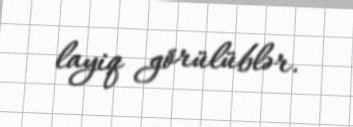
layiq görülüblər.